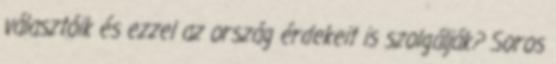
választóik és ezzel az ország érdekeit is szolgálják? Soros